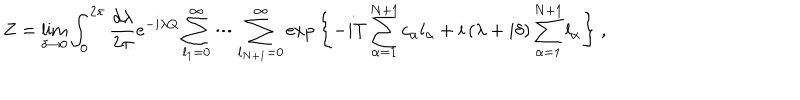
LaTeX: Z = \lim _ { \delta \to 0 } \int _ { 0 } ^ { 2 \pi } { \frac { d \lambda } { 2 \pi } } e ^ { - i \lambda Q } \sum _ { l _ { 1 } = 0 } ^ { \infty } \cdots \sum _ { l _ { N + 1 } = 0 } ^ { \infty } \exp { \left\{ { - i T \sum _ { \alpha = 1 } ^ { N + 1 } c _ { \alpha } l _ { \alpha } + i \left( \lambda + i \delta \right) \sum _ { \alpha = 1 } ^ { N + 1 } l _ { \alpha } } \right\} } \ ,